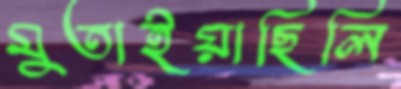
মুতাইয়াছিলি